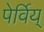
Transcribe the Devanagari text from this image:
पेर्विय्